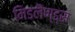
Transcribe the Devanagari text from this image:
मिडलैण्ड्स